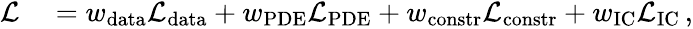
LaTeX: \begin{array}{rl}{\mathcal{L}}&{{}=w_{\textrm{data}}\mathcal{L}_{\textrm{data}}+w_{\textrm{PDE}}\mathcal{L}_{\textrm{PDE}}+w_{\textrm{constr}}\mathcal{L}_{\textrm{constr}}+w_{\textrm{IC}}\mathcal{L}_{\textrm{IC}}\, ,}\end{array}